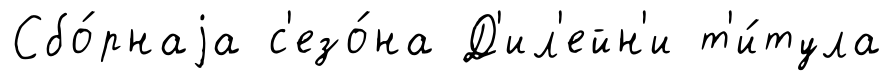
Сбо́рнаjа с'езо́на Д'ил'ейн'и т'и́тула